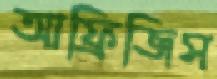
আফ্রিজিস